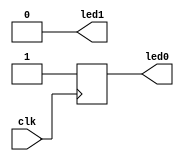
`timescale 1ns / 1ps
//////////////////////////////////////////////////////////////////////////////////
// Company: 
// Engineer: 
// 
// Design Name: 
// Module Name: Counter
// Project Name: 
// Target Devices: 
// Tool Versions: 
// Description: 
// 
// Dependencies: 
// 
// Revision:
// Revision 0.01 - File Created
// Additional Comments:
// 
//////////////////////////////////////////////////////////////////////////////////


module Counter(
input clk,
output led0,led1
    );
    reg temp0=0,temp1=0;
    reg state=0;
    always@(posedge clk) begin
    case(state)
    0:begin
    temp0<=1'b1;
    temp1<=1'b0;
    end
     1:begin
       temp0<=1'b0;
       temp1<=1'b1;
       end
       default:begin
       temp0<=1'bx;
              temp1<=1'bx;
       end
       endcase
    end
    
    assign led0=temp0;
    assign led1=temp1;
endmodule